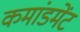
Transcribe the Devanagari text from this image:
कमांडमेंट